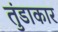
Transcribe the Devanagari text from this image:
तुंडाकार